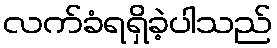
လက်ခံရရှိခဲ့ပါသည်